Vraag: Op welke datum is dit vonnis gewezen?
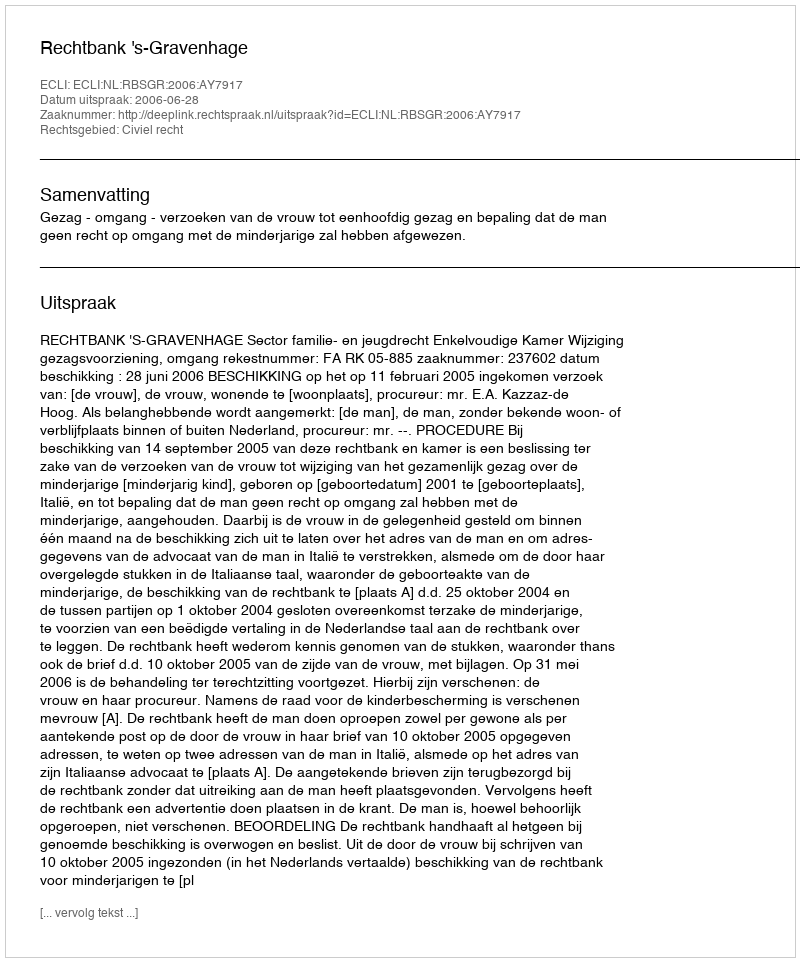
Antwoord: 2006-06-28